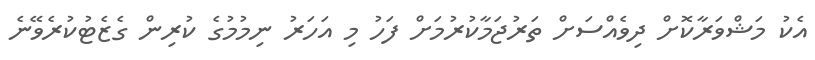
އެކު މަޝްވަރާކޮށް ދިވެއްސަށް ތަރުޖަމާކުރުމަށް ފަހު މި އަހަރު ނިމުމުގެ ކުރިން ގެޒެޓުކުރެވޭނެ